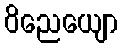
ဝိညေယျော